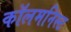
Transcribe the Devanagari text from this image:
कॉलमनिस्ट